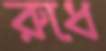
রুধে